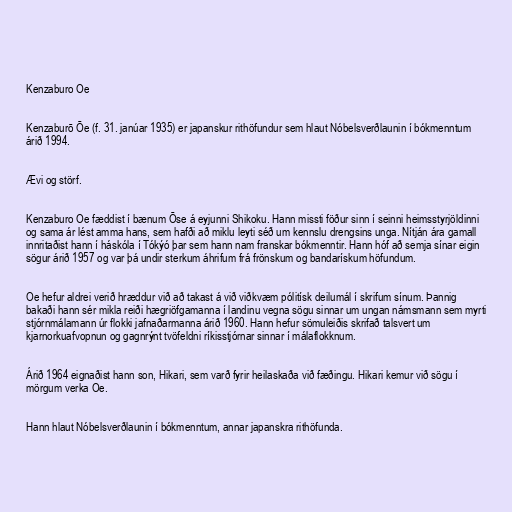
Kenzaburo Oe

Kenzaburō Ōe (f. 31. janúar 1935) er japanskur rithöfundur sem hlaut Nóbelsverðlaunin í bókmenntum
árið 1994.

Ævi og störf.

Kenzaburo Oe fæddist í bænum Ōse á eyjunni Shikoku. Hann missti föður sinn í seinni heimsstyrjöldinni
og sama ár lést amma hans, sem hafði að miklu leyti séð um kennslu drengsins unga. Nítján ára gamall
innritaðist hann í háskóla í Tókýó þar sem hann nam franskar bókmenntir. Hann hóf að semja sínar eigin
sögur árið 1957 og var þá undir sterkum áhrifum frá frönskum og bandarískum höfundum.

Oe hefur aldrei verið hræddur við að takast á við viðkvæm pólitísk deilumál í skrifum sínum. Þannig
bakaði hann sér mikla reiði hægriöfgamanna í landinu vegna sögu sinnar um ungan námsmann sem myrti
stjórnmálamann úr flokki jafnaðarmanna árið 1960. Hann hefur sömuleiðis skrifað talsvert um
kjarnorkuafvopnun og gagnrýnt tvöfeldni ríkisstjórnar sinnar í málaflokknum.

Árið 1964 eignaðist hann son, Hikari, sem varð fyrir heilaskaða við fæðingu. Hikari kemur við sögu í
mörgum verka Oe.

Hann hlaut Nóbelsverðlaunin í bókmenntum, annar japanskra rithöfunda.